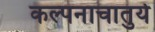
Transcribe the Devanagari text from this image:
कल्पनाचातुर्य